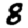
Digit: 8